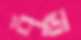
পুঁত